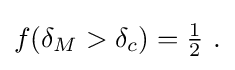
{\textstyle f(\delta _{M}>\delta _{c})={\frac {1}{2}}~.}